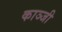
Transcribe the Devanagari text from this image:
काञ्जी